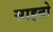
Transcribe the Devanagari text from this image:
साहतो